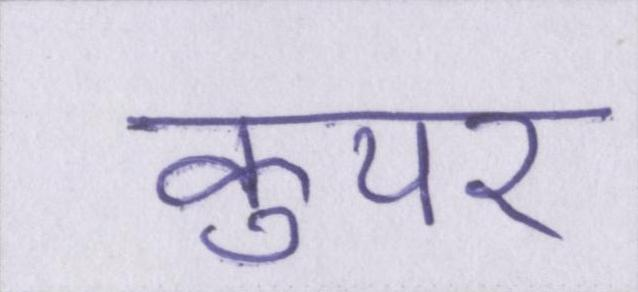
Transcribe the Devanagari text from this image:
कुपर